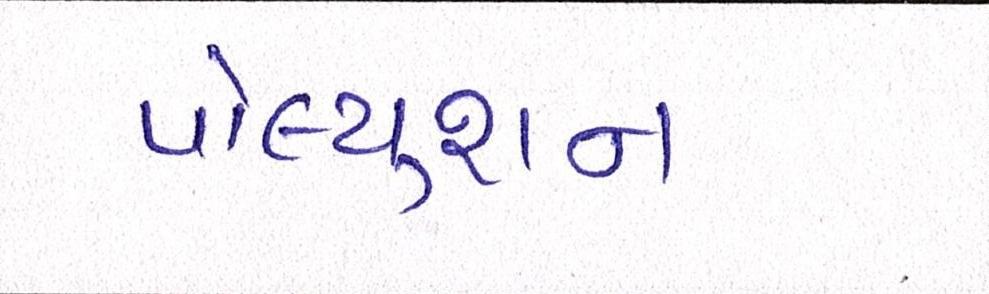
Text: પોલ્યુશન